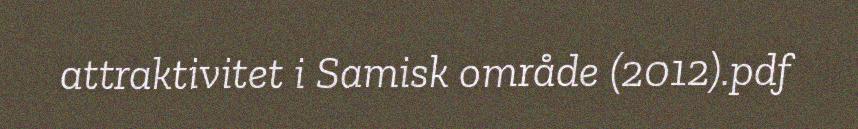
attraktivitet i Samisk område (2012).pdf